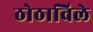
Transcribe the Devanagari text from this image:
ठोठाविले